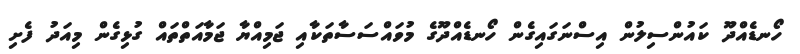
ހޯނޑެއްދޫ ކައުންސިލުން އިސްނަގައިގެން ހޯނޑެއްދޫގެ މުވައްސަސާތަކާއި ޖަމިއްޔާ ޖަމާއަތްތައް ގުޅިގެން މިއަދު ފެށި